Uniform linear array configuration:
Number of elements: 8
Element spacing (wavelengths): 1
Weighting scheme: kaiser
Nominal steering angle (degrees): -45
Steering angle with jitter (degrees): -46.287
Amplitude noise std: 0.05
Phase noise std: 0.05

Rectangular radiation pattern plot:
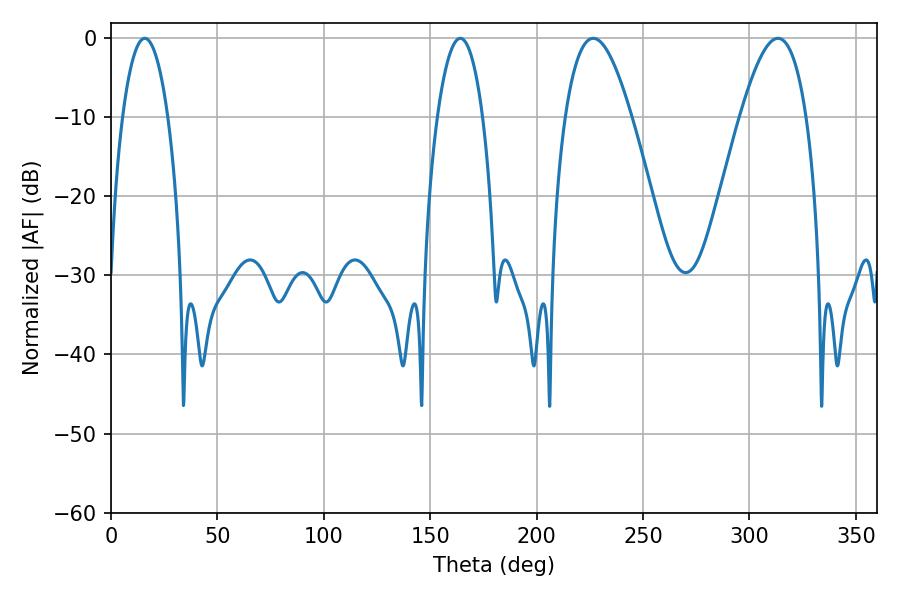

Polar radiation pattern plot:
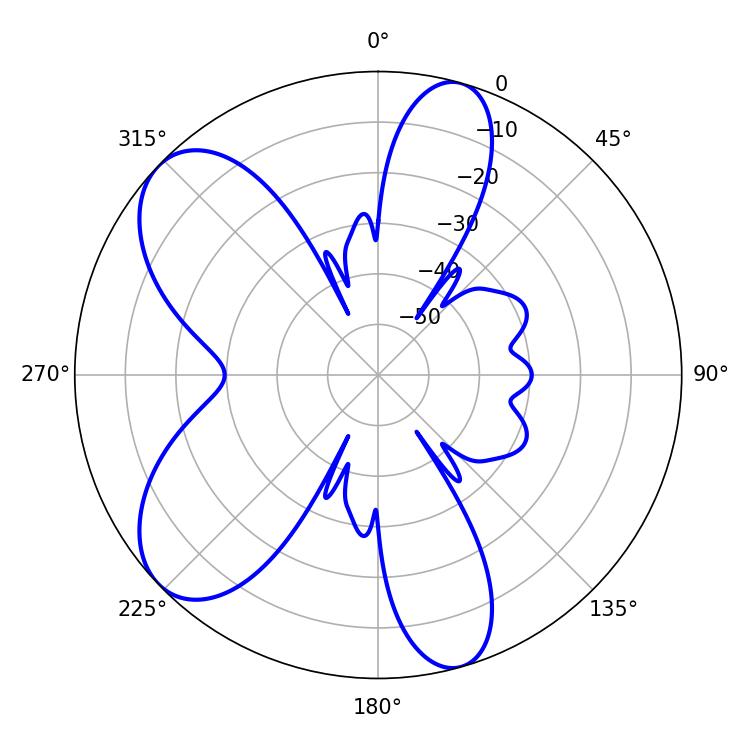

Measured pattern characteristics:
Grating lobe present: TRUE
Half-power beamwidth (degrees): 16.92
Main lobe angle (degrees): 226.62